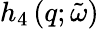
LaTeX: h_{4}\left(q;\tilde{\omega}\right)